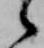
候